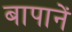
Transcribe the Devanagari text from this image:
बापानें